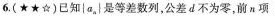
6.(★★☆)已知la_{n}是等差数列公差d不为零前n项